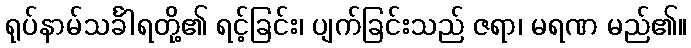
ရုပ်နာမ်သင်္ခါရတို့၏ ရင့်ခြင်း၊ ပျက်ခြင်းသည် ဇရာ၊ မရဏ မည်၏။